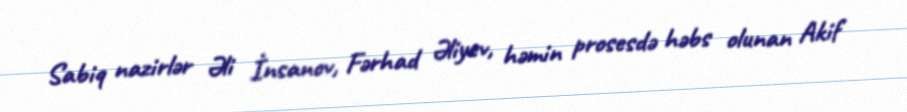
Sabiq nazirlər Əli İnsanov, Fərhad Əliyev, həmin prosesdə həbs olunan Akif